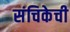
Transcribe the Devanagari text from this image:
संचिकेची